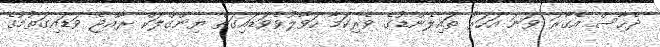
ދެހާސް އެގާރަ ވަނަ އަހަރު ތައިލެންޑުގެ ވެރިކަމާ ހަވާލުވެވަޑައިގަތް ޔިންގްލަކް ރާއްޖެ ވަޑައިގަތުުމުގެ